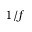
1 / f